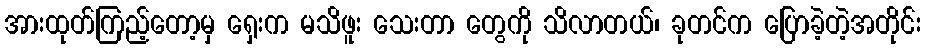
အားထုတ်ကြည့်တော့မှ ရှေးက မသိဖူး သေးတာ တွေကို သိလာတယ်၊ ခုတင်က ပြောခဲ့တဲ့အတိုင်း